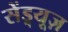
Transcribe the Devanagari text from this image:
सेंड्र्यूज़